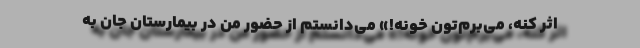
اثر کنه، می‌برم‌تون خونه!» می‌دانستم از حضور من در بیمارستان جان به